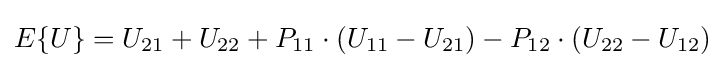
E\{U\}=U_{21}+U_{22}+P_{11}\cdot (U_{11}-U_{21})-P_{12}\cdot (U_{22}-U_{12})